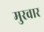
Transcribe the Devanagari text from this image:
मुरवार